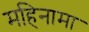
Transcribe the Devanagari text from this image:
महिनामा